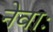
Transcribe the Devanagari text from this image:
नेवाः